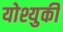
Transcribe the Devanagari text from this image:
योश्युकी